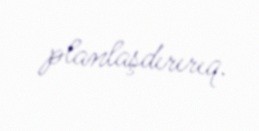
planlaşdırırıq.